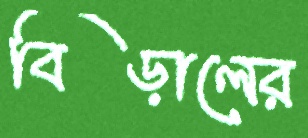
বিড়ালের